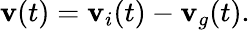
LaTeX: \mathbf{v}(t)=\mathbf{v}_{i}(t)-\mathbf{v}_{g}(t).